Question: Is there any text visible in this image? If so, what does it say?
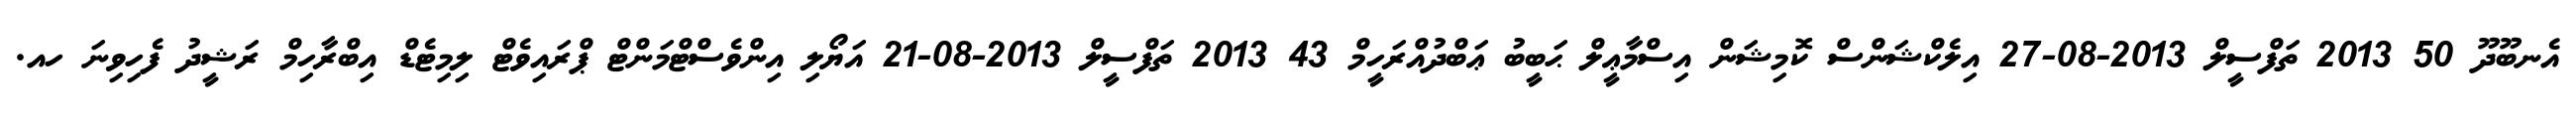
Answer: އެނބޫދޫ 50 2013 ތަފްސީލް 2013-08-27 އިލެކްޝަންސް ކޮމިޝަން އިސްމާޢީލް ޙަބީބު ޢަބްދުއްރަހީމް 43 2013 ތަފްސީލް 2013-08-21 އަޔޯލި އިންވެސްޓްމަންޓް ޕްރައިވެޓް ލިމިޓެޑް އިބްރާހިމް ރަޝީދު ފެހިވިނަ ހއ.